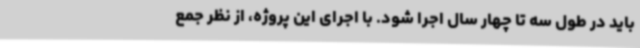
باید در طول سه تا چهار سال اجرا شود. با اجرای این پروژه، از نظر جمع